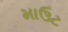
માઉટ